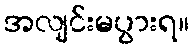
အလျင်းမပွားရ။